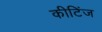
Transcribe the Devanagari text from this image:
कीटिंज